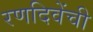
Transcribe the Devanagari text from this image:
रणदिवेंची